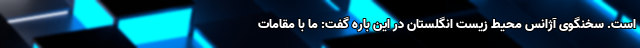
است. سخنگوی آژانس محیط زیست انگلستان در این باره گفت: ما با مقامات